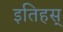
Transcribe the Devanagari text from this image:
इतिहस्